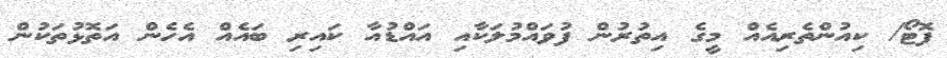
ފޮޓޯ/ ކިއުންތެރިއެއް މީގެ އިތުރުން ފުވައްމުލަކާއި އައްޑުއާ ކައިރި ބައެއް އެހެން އަތޮޅުތަކުން